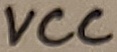
Text: VCC